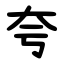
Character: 夸